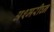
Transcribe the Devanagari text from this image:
अश्मरीघ्न